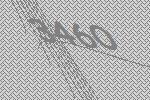
3460